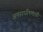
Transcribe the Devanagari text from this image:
अपराधीपणाची